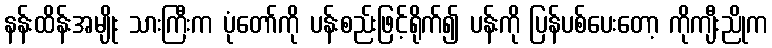
နန်းထိန်းအမျိုး သားကြီးက ပုံတော်ကို ပန်းစည်းဖြင့်ရိုက်၍ ပန်းကို ပြန်ပစ်ပေးတော့ ကိုကျီးညိုက